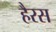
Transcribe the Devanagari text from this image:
हैरस